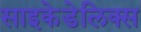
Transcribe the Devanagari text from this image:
साइकेडेलिक्स